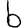
Digit: 6